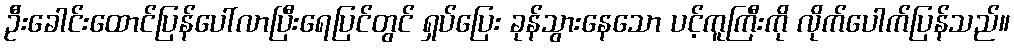
ဦးခေါင်းထောင်ပြန်ပေါ်လာပြီးရေပြင်တွင် ရှပ်ပြေး ခုန်သွားနေသော ပင့်ကူကြီးကို လိုက်ပေါက်ပြန်သည်။